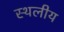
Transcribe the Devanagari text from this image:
स्‍थलीय